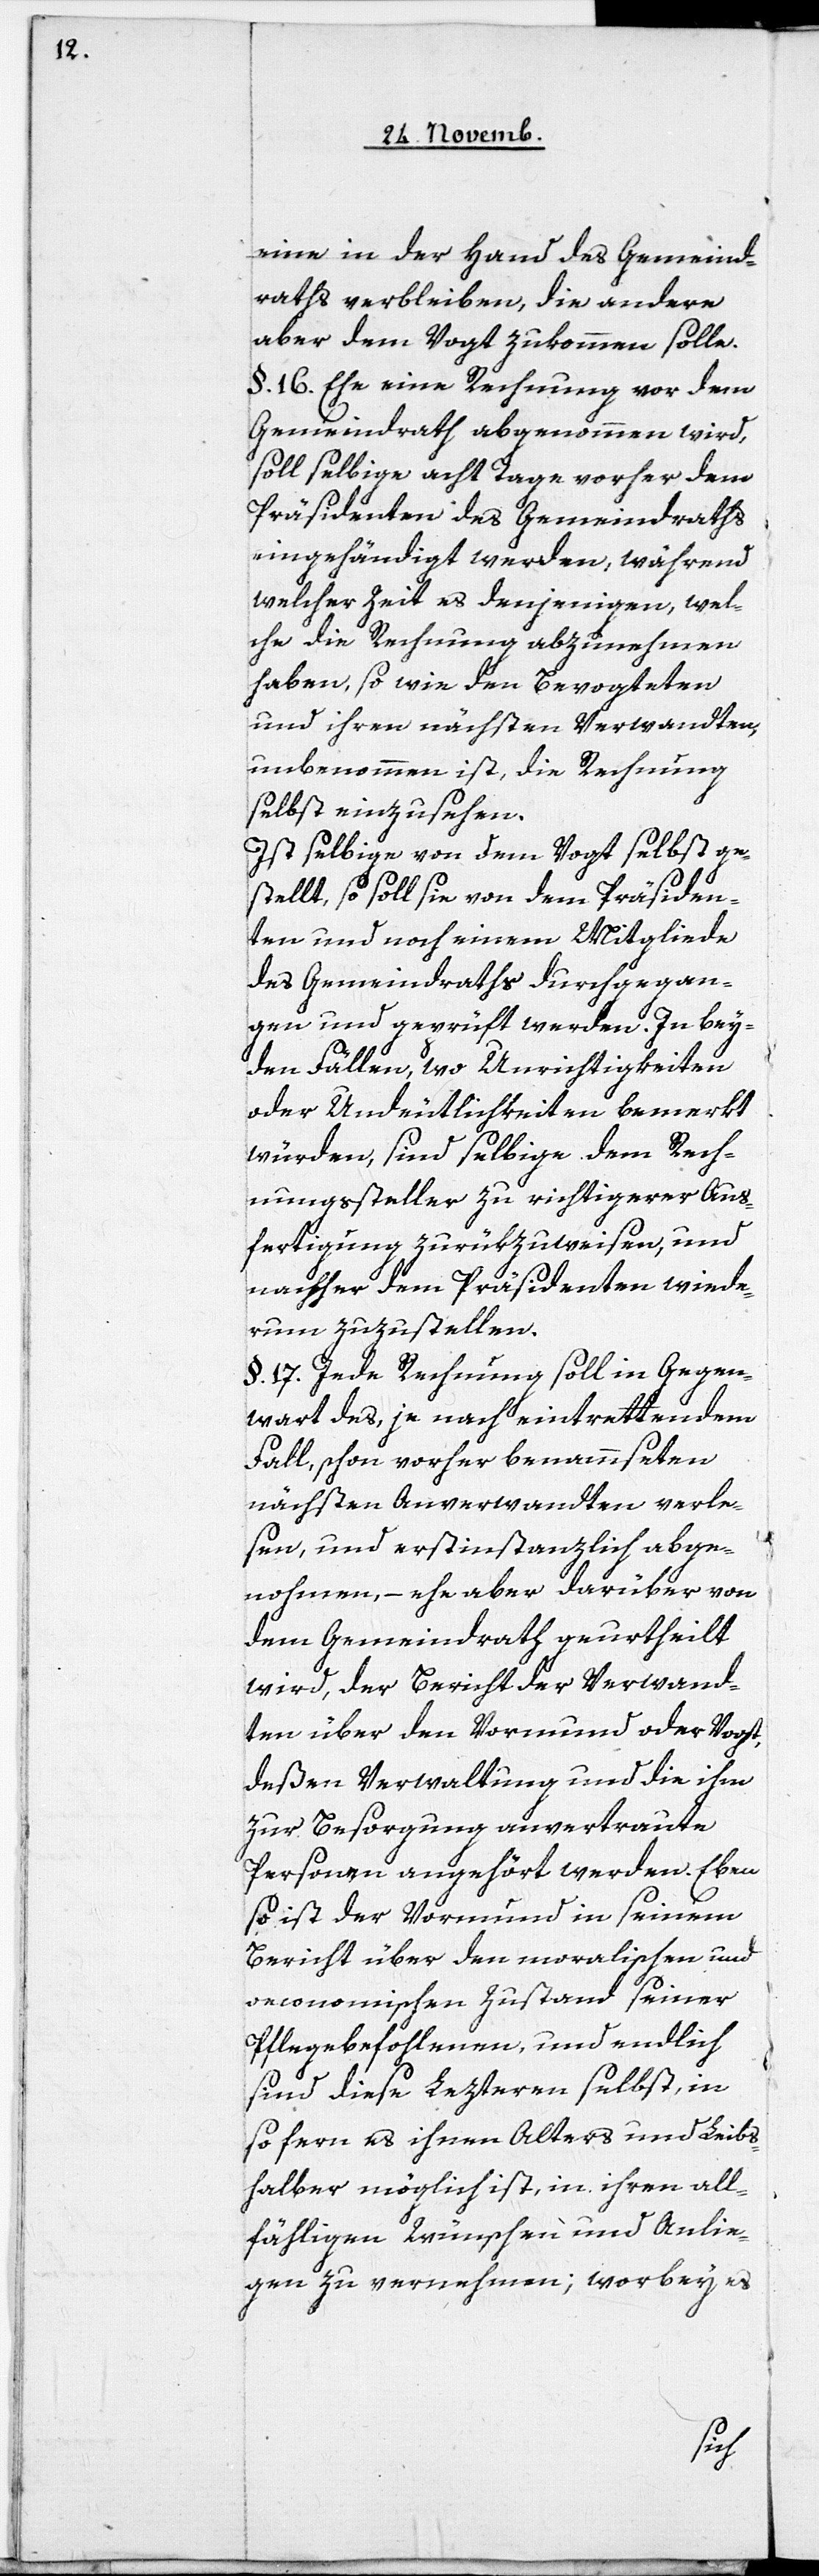
eine in der Hand des Gemeind¬
raths verbleiben, die andere
aber dem Vogt zukommen solle.
§. 16. Ehe eine Rechnung vor dem
Gemeindrath abgenommen wird,
soll selbige acht Tage vorher dem
Präsidenten des Gemeindraths
eingehändigt werden, während
welcher Zeit es denjenigen, wel¬
che die Rechnung abzunehmen
haben, so wie den Bevogteten
und ihren nächsten Verwandten
unbenommen ist, die Rechnung
selbst einzusehen.
Ist selbige von dem Vogt selbst ge¬
stellt, so soll sie von dem Präsiden¬
ten und noch einem Mitgliede
des Gemeindraths durchgegan¬
gen und geprüft werden. In bey¬
den Fällen, wo Unrichtigkeiten
oder Undeutlichkeiten bemerkt
würden, sind selbige dem Rech¬
nungssteller zu richtigerer Aus¬
fertigung zurükzuweisen, und
nachher dem Präsidenten wiede¬
rum zuzustellen.
§. 17. Jede Rechnung soll in Gegen¬
wart des, je nach eintrettendem
Fall, schon vorher benammseten
nächsten Anverwandten verle¬
sen, und erstinstanzlich abge¬
nohmen, – ehe aber darüber von
dem Gemeindrath geurtheilt
wird, der Bericht der Verwand¬
ten über den Vormund oder Vogt,
deßen Verwaltung und die ihm
zur Besorgung anvertraute
Personen angehört werden. Eben
so ist der Vormund in seinem
Bericht über den moralischen und
oeconomischen Zustand seiner
Pflegebefohlenen, und endlich
sind diese Lezteren selbst, in
so fern es ihnen Alters[-] und Leibs¬
halber möglich ist, in ihren all¬
fähligen Wünschen und Anlie¬
gen zu vernehmen; worbey es